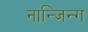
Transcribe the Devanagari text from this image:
नान्जिन्ग